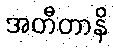
အတီတာနိ